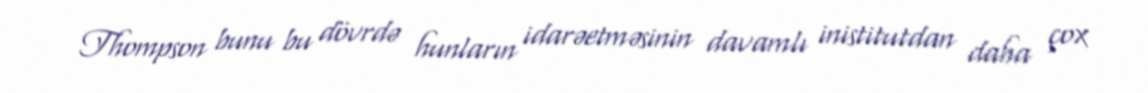
Thompson bunu bu dövrdə hunların idarəetməsinin davamlı inistitutdan daha çox